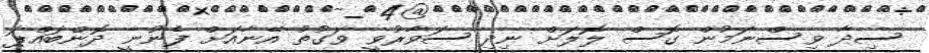
ސިދާ ވިސްނަމުން ގޮސް ލޮލަށް ނިދި ސަވާރުވީ ވަގުތު އޭނާއަށް ފެނުނީ ދޮންބައްޕަ